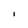
Character: I